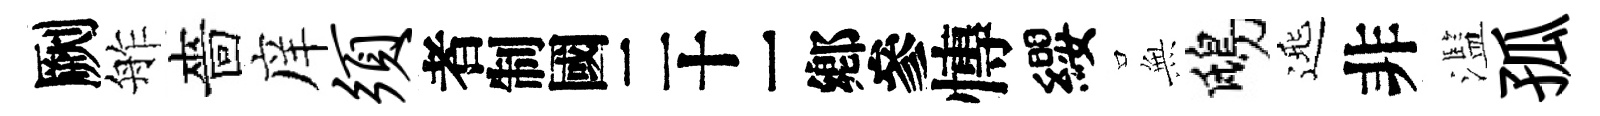
劂舴嗇庠须识慱纓𭴾鴟𨓱非濫孤